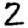
Digit: 2